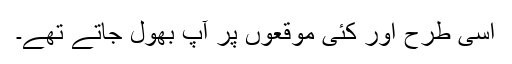
اسی طرح اَور کئی موقعوں پر آپؐ بھول جاتے تھے۔